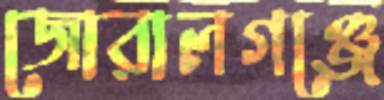
জোরালগঞ্জে